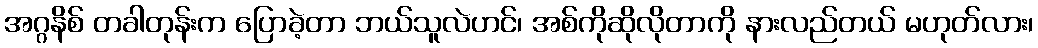
အဂ္ဂနိစ် တခါတုန်းက ပြောခဲ့တာ ဘယ်သူလဲဟင်၊ အစ်ကိုဆိုလိုတာကို နားလည်တယ် မဟုတ်လား၊